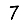
Digit: 7